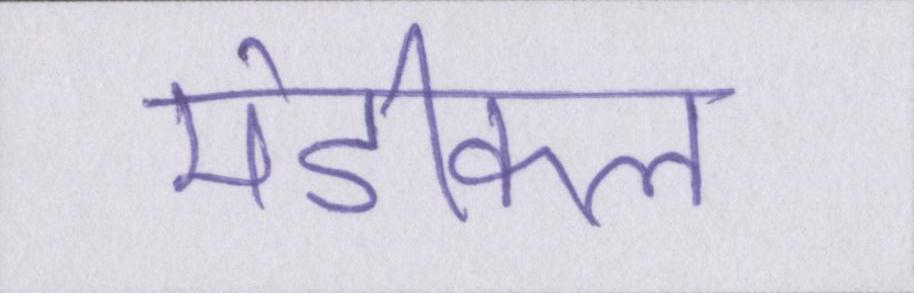
मेडीकल